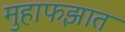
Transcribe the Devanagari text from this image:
मुहाफझात